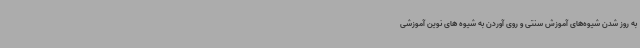
به روز شدن شیوه‌های آموزش سنتی و روی آوردن به شیوه های نوین آموزشی